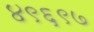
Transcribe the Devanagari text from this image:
४९६९७